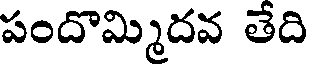
పందొమ్మిదవ తేది